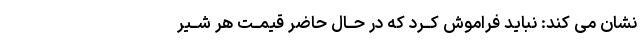
نشان مى کند: نباید فراموش کــرد که در حــال حاضر قیمــت هر شــیر